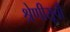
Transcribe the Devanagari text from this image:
श्रेणीसूची